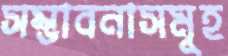
সম্ভাবনাসমূহ